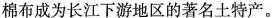
棉布成为长江下游地区的著名土特产。